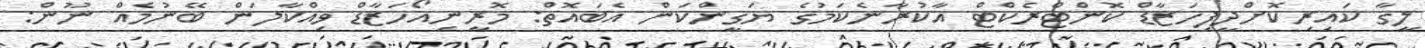
ލީގާ ކައިރިކޮށްދީފިހަޒާޑް ކޮންޓްރެކްޓް އާކުރާނެކަމުގެ ޔަގީންކަން އެބައޮތް: މޮރީނިއޯހަޒާޑް ވިއްކާލަން ބޭނުމެއް ނޫން: